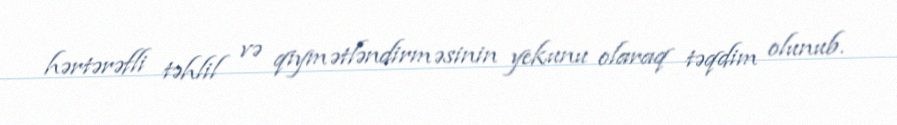
hərtərəfli təhlil və qiymətləndirməsinin yekunu olaraq təqdim olunub.